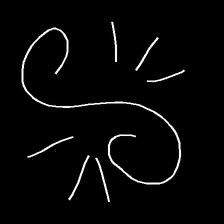
Glyph: wind-directs-air